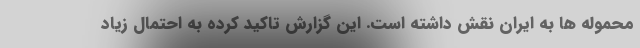
محموله ها به ایران نقش داشته است. این گزارش تاکید کرده به احتمال زیاد